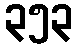
၃၅၃